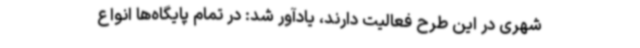
شهری در این طرح فعالیت دارند، یادآور شد: در تمام پایگاه‌ها انواع